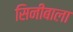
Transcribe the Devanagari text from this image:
सिनीबाला